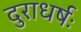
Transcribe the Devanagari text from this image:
दुराधर्षः